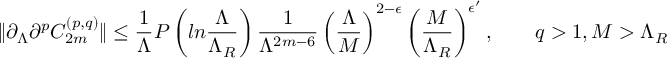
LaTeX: \| \partial _ { \Lambda } \partial ^ { p } C _ { 2 m } ^ { ( p , q ) } \| \leq { \frac { 1 } { \Lambda } } P \left( l n { \frac { \Lambda } { \Lambda _ { R } } } \right) { \frac { 1 } { \Lambda ^ { 2 m - 6 } } } \left( { \frac { \Lambda } { M } } \right) ^ { 2 - \epsilon } \left( { \frac { M } { \Lambda _ { R } } } \right) ^ { \epsilon ^ { \prime } } , \qquad q > 1 , M > \Lambda _ { R }